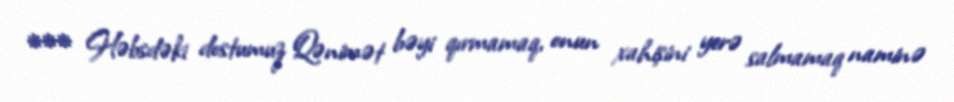
*** Həbsdəki dostumuz Qənimət bəyi qırmamaq, onun xahişini yerə salmamaq naminə